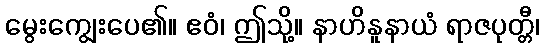
မွေးကျွေးပေ၏။ ဧဝံ၊ ဤသို့။ နာဟိနူနာယံ ရာဇပုတ္တီ၊